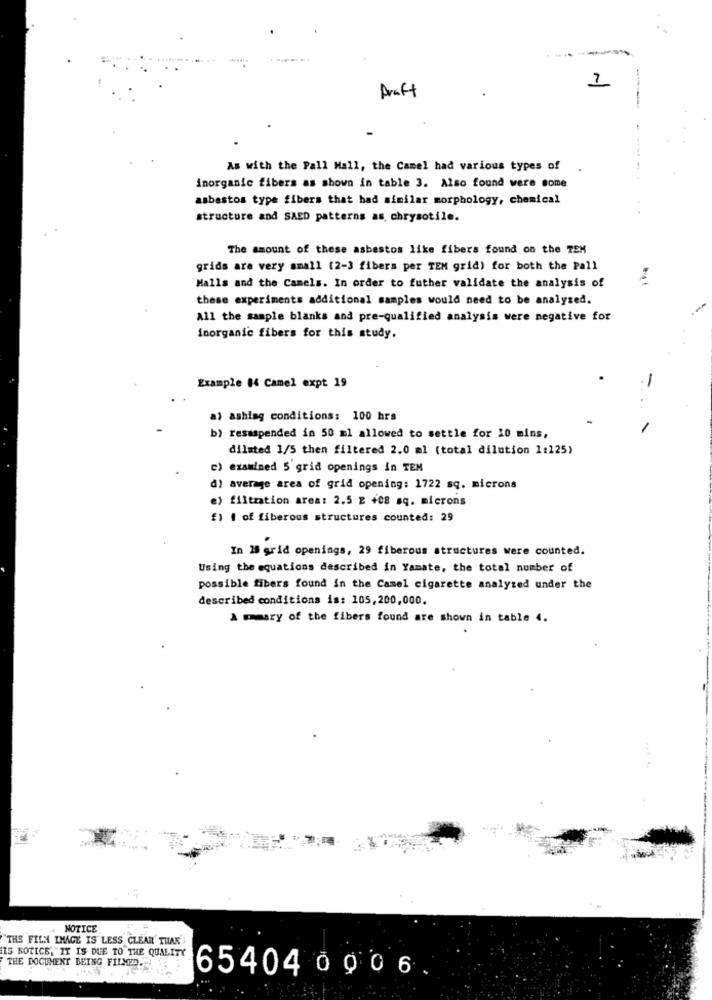
-
1
Draft
As with the Pall Mall, the Camel had various types of
inorganic fibers as shown in table 3. Also found were some
asbestos type fibers that had similar morphology, chemical
structure and SAED patterns as, chrysotile.
The amount of these asbestos like fibers found on the TEM
grids are very small (2-3 fibers per TEM grid) for both the Pall
Malls and the Camels. In order to futher validate the analysis of
these experiments additional samples would need to be analysed.
All the sample blanks and pre-qualified analysis were negative for
inorganic fibers for this study.
-
Example 14 Camel expt 19
a) ashing conditions: 100 hrs
b) resuspended in 50 ml allowed to settle for 10 mins,
dilated 1/5 then filtered 2.0 ml (total dilution 1:125)
c) examined 5'grid openings in TEM
d) average area of grid opening: 1722 sq. microns
e) filtration area: 2.5 E +08 sq. microns
£1 1 of fiberous structures counted: 29
In 18 grid openings, 29 fiberous structures were counted.
Using the equations described in Yamate, the total number of
possible fibers found in the Camel cigarette analysed under the
described conditions is: 105,200,000.
A mmary of the fibers found are shown in table 4.
NOTICE
"THE FILM IMAGE IS LESS CLEAR THAK
15 NOTICE, IT IS DUE TO THE QUALITY
THE DOCUMENT BEING FILMED ..
6540400 0 6